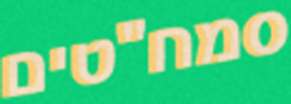
סמח"טים